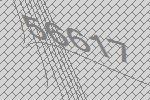
56617